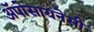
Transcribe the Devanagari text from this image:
अॅपोसायनेसी